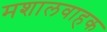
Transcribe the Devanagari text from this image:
मशालवाहक